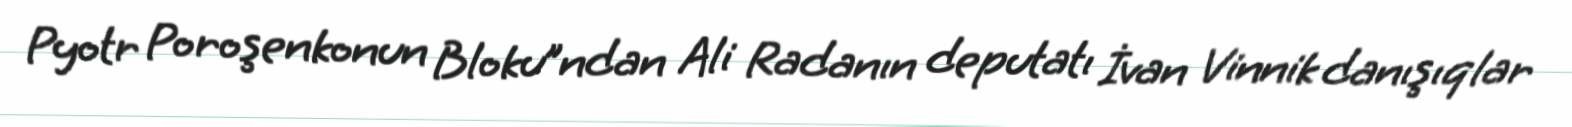
Pyotr Poroşenkonun Bloku”ndan Ali Radanın deputatı İvan Vinnik danışıqlar